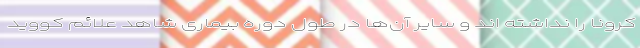
کرونا را نداشته اند و سایر آن‌ها در طول دوره بیماری شاهد علائم کووید